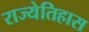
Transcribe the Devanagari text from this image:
राज्येतिहास